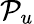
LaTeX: \mathcal{P}_{u}